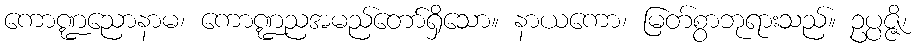
ကောဏ္ဍညောနာမ၊ ကောဏ္ဍညအမည်တော်ရှိသော။ နာယကော၊ မြတ်စွာဘုရားသည်။ ဥပ္ပဇ္ဇိ၊